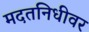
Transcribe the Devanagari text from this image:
मदतनिधीवर